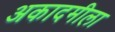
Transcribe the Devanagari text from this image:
अकादमीला